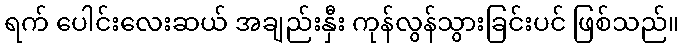
ရက် ပေါင်းလေးဆယ် အချည်းနှီး ကုန်လွန်သွားခြင်းပင် ဖြစ်သည်။